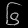
Digit: ၆